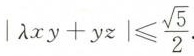
$$| λ xy+yz| ≤ \frac{\sqrt{5}}{2}.$$